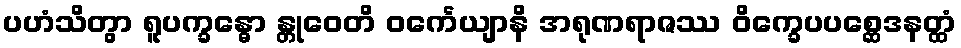
ပဟံသိတွာ ရူပက္ခန္ဓော န္တုဝေတိ ဝင်္ကေယျာနိ အရုဏရာဇဿ ဝိက္ခေပပစ္ဆေဒနတ္ထံ